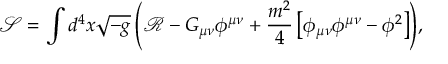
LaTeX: { \mathcal { S } } = \int { d ^ { 4 } x \sqrt { - g } \left( { \mathcal { R } } - G _ { \mu \nu } \phi ^ { \mu \nu } + \frac { m ^ { 2 } } { 4 } \left[ \phi _ { \mu \nu } \phi ^ { \mu \nu } - \phi ^ { 2 } \right] \right) } ,